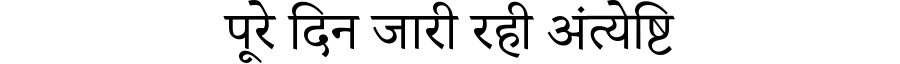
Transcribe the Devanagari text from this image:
पूरे दिन जारी रही अंत्येष्टि